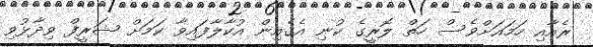
ރެއާއި ހަމައަށްވެސް ހަތް ލޮރީގެ ކުނި އެގެއިން އުކާލާފައިވާ ކަމަށް ޝަރީފް ވިދާޅުވި